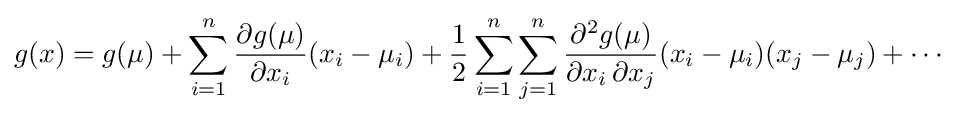
g(x)=g(\mu )+\sum _{i=1}^{n}{\frac {\partial g(\mu )}{\partial x_{i}}}(x_{i}-\mu _{i})+{\frac {1}{2}}\sum _{i=1}^{n}\sum _{j=1}^{n}{\frac {\partial ^{2}g(\mu )}{\partial x_{i}\,\partial x_{j}}}(x_{i}-\mu _{i})(x_{j}-\mu _{j})+\cdots